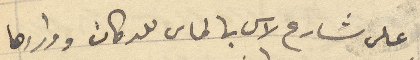
على شارع لاس بالماس للدكان ووراءها